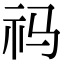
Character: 祃